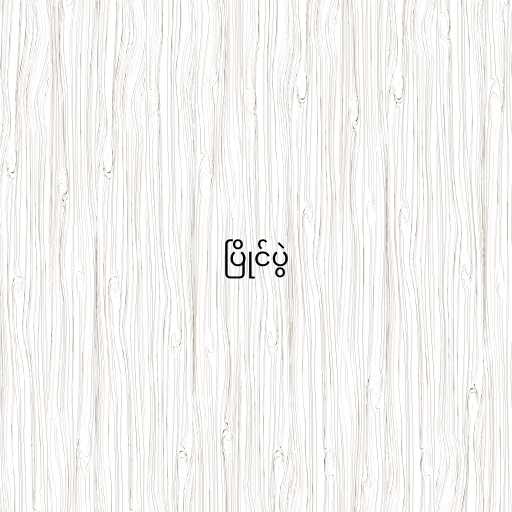
ပြိုင်ပွဲ